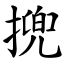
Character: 㨮